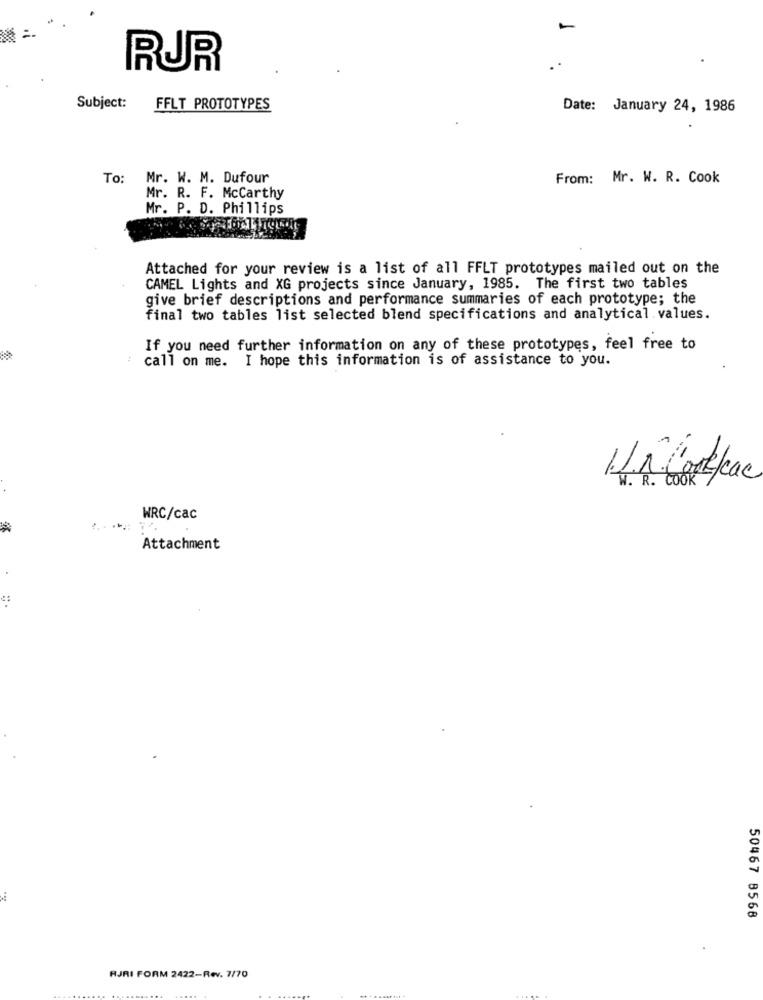
-
RUR
Subject:
FFLT PROTOTYPES
Date: January 24, 1986
To: Mr. W. M. Dufour
From: Mr. W. R. Cook
Mr. R. F. McCarthy
Mr. P. D. Phillips
Attached for your review is a list of all FFLT prototypes mailed out on the
CAMEL Lights and XG projects since January, 1985. The first two tables
give brief descriptions and performance summaries of each prototype; the
final two tables list selected blend specifications and analytical values.
If you need further information on any of these prototypes, feel free to
call on me. I hope this information is of assistance to you.
. R. COOK
WRC/cac
Attachment
50467 8568
RJRI FORM 2422-Rev. 7/70